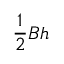
{ \frac { 1 } { 2 } } B h